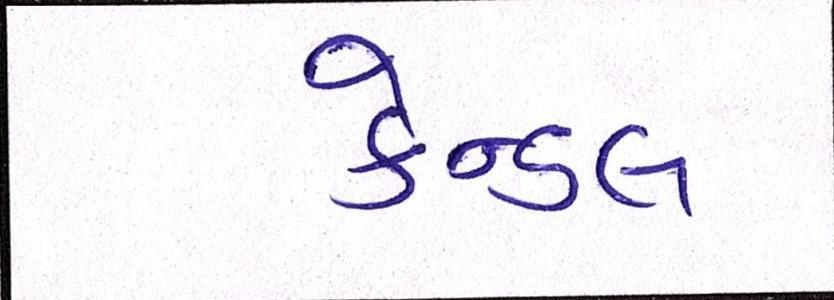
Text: કેન્ડલ